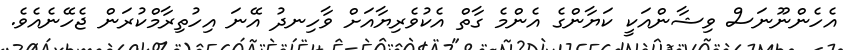
އެހެންނޫނަސް ވިޝާންއަކީ ކަޔާންގެ އެންމެ ގާތް އެކުވެރިޔާއަށް ވާހިނދު އޭނަ އިހުތިރާމްކުރަން ޖެހޭނެއެވެ.